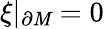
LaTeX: \xi\vert_{\partial{\cal\mathit{M}}}=0